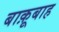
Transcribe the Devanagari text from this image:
बाक़ूबाह